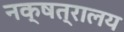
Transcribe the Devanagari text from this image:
नक्षत्रालय